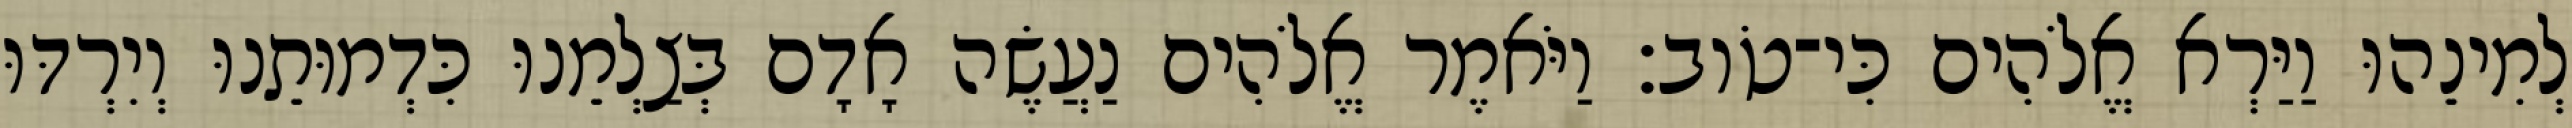
לְמִינֵהוּ וַיַּרְא אֱלֹהִים כִּי־טֹוב׃ וַיֹּאמֶר אֱלֹהִים נַעֲשֶׂה אָדָם בְּצַלְמֵנוּ כִּדְמוּתֵנוּ וְיִרְדּוּ